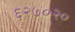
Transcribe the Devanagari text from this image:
६२७०२०